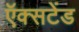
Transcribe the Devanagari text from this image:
ऍक्सटेंड